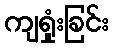
ကျရှုံးခြင်း